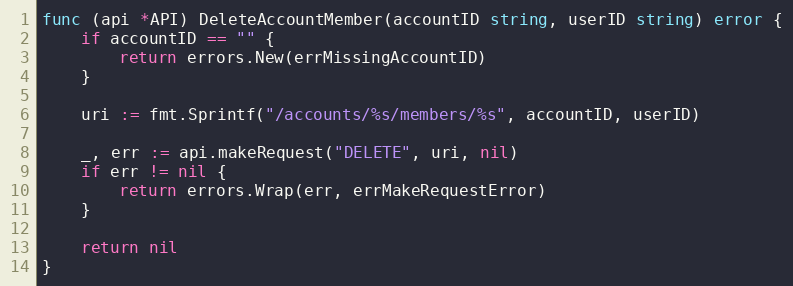
Language: Go
func (api *API) DeleteAccountMember(accountID string, userID string) error {
	if accountID == "" {
		return errors.New(errMissingAccountID)
	}

	uri := fmt.Sprintf("/accounts/%s/members/%s", accountID, userID)

	_, err := api.makeRequest("DELETE", uri, nil)
	if err != nil {
		return errors.Wrap(err, errMakeRequestError)
	}

	return nil
}